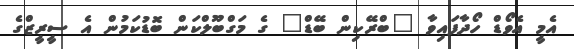
އެމީ އެވޯޑް ހޯދާފައިވާ "ބްރޭކިން ބޭޑް" ގެ މަގްބޫލްކަން ބޮޑުކަމުން އެ ސީރީޒްގެ